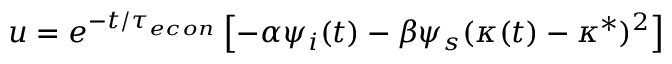
\begin{array} { r } { u = e ^ { - t / { \tau _ { e c o n } } } \left[ - \alpha \psi _ { i } ( t ) - \beta \psi _ { s } ( \kappa ( t ) - \kappa ^ { * } ) ^ { 2 } \right] } \end{array}